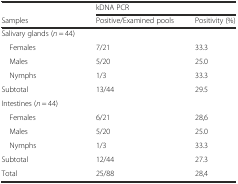
<table><thead><tr><td></td><td colspan="2"><b>kDNA PCR</b></td></tr><tr><td><b>Samples</b></td><td><b>Positive/Examined pools</b></td><td><b>Positivity (%)</b></td></tr></thead><tbody><tr><td>Salivary glands (<i>n</i> = 44)</td><td></td><td></td></tr><tr><td> Females</td><td>7/21</td><td>33.3</td></tr><tr><td> Males</td><td>5/20</td><td>25.0</td></tr><tr><td> Nymphs</td><td>1/3</td><td>33.3</td></tr><tr><td>Subtotal</td><td>13/44</td><td>29.5</td></tr><tr><td>Intestines (<i>n</i> = 44)</td><td></td><td></td></tr><tr><td> Females</td><td>6/21</td><td>28,6</td></tr><tr><td> Males</td><td>5/20</td><td>25.0</td></tr><tr><td> Nymphs</td><td>1/3</td><td>33.3</td></tr><tr><td>Subtotal</td><td>12/44</td><td>27.3</td></tr><tr><td>Total</td><td>25/88</td><td>28,4</td></tr></tbody></table>